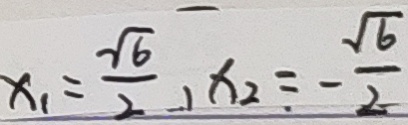
x _ { 1 } = \frac { \sqrt { 6 } } { 2 } , x _ { 2 } = - \frac { \sqrt { 6 } } { 2 }